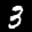
Label: 3